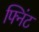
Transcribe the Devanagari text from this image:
फ्निंट